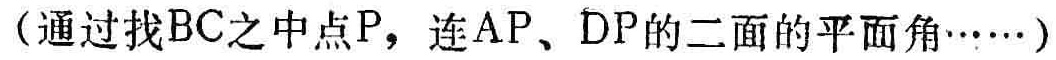
（通过找\(BC\)之中点\(P\)，连\(AP\)、\(DP\)的二面的平面角\(\cdots\cdots\)）